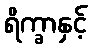
ရိက္ခာနှင့်